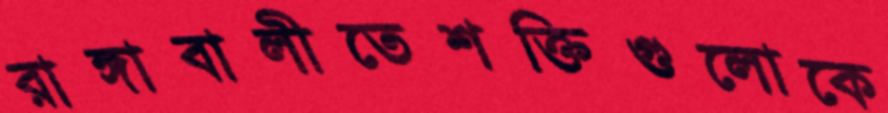
রাঙ্গাবালীতেশক্তিগুলোকে